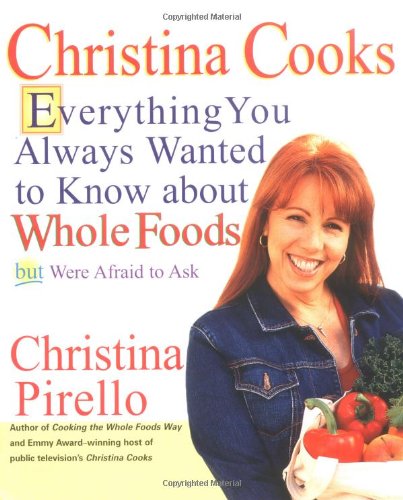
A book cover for Christina Cooks: Everything You Always Wanted to Know About Whole Foods But Were Afraid to Ask; Christina Pirello; Cookbooks, Food & Wine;